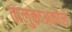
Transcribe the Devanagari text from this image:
तालुकाअकोले